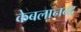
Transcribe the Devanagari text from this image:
केबलानन्द